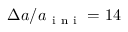
\Delta a / a _ { \mathrm { ~ i ~ n ~ i ~ } } = 1 4